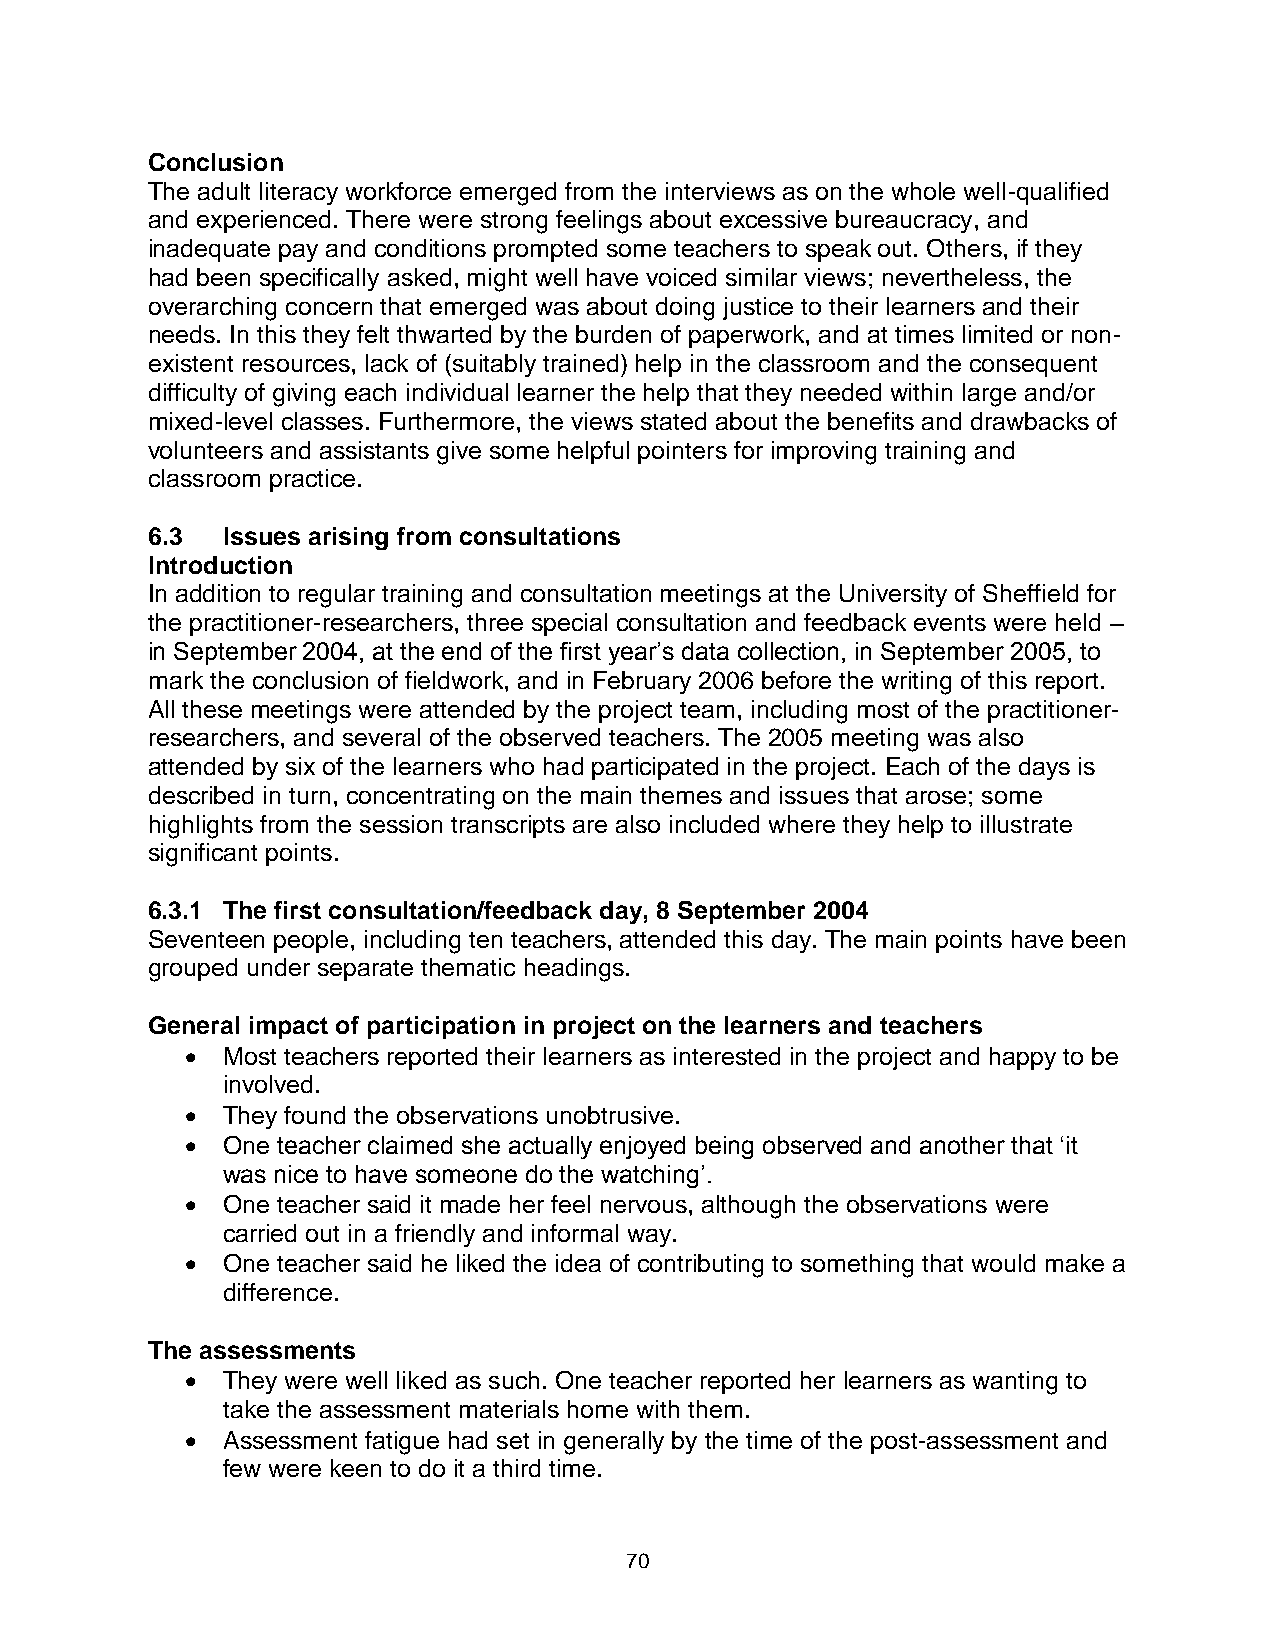
Conclusion
 The adult literacy workforce emerged from the interviews as on the whole well-qualified
 and experienced. There were strong feelings about excessive bureaucracy, and
 inadequate pay and conditions prompted some teachers to speak out. Others, if they
 had been specifically asked, might well have voiced similar views; nevertheless, the
 overarching concern that emerged was about doing justice to their learners and their
 needs. In this they felt thwarted by the burden of paperwork, and at times limited or non-
 existent resources, lack of (suitably trained) help in the classroom and the consequent
 difficulty of giving each individual learner the help that they needed within large and/or
 mixed-level classes. Furthermore, the views stated about the benefits and drawbacks of
 volunteers and assistants give some helpful pointers for improving training and
 classroom practice.
 6.3  Issues arising from consultations
 Introduction
 In addition to regular training and consultation meetings at the University of Sheffield for
 the practitioner-researchers, three special consultation and feedback events were held –
 in September 2004, at the end of the first year’s data collection, in September 2005, to
 mark the conclusion of fieldwork, and in February 2006 before the writing of this report.
 All these meetings were attended by the project team, including most of the practitioner-
 researchers, and several of the observed teachers. The 2005 meeting was also
 attended by six of the learners who had participated in the project. Each of the days is
 described in turn, concentrating on the main themes and issues that arose; some
 highlights from the session transcripts are also included where they help to illustrate
 significant points.
 6.3.1 The first consultation/feedback day, 8 September 2004
 Seventeen people, including ten teachers, attended this day. The main points have been
 grouped under separate thematic headings.
 General impact of participation in project on the learners and teachers
   Most teachers reported their learners as interested in the project and happy to be
 involved.
   They found the observations unobtrusive.
   One teacher claimed she actually enjoyed being observed and another that ‘it
 was nice to have someone do the watching’.
   One teacher said it made her feel nervous, although the observations were
 carried out in a friendly and informal way.
   One teacher said he liked the idea of contributing to something that would make a
 difference.
 The assessments
   They were well liked as such. One teacher reported her learners as wanting to
 take the assessment materials home with them.
   Assessment fatigue had set in generally by the time of the post-assessment and
 few were keen to do it a third time.
 70